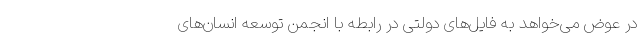
در عوض می‌خواهد به فایل‌های دولتی در رابطه با انجمن توسعه انسان‌های